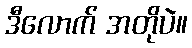
ဒီလောက် အတိုပဲ။